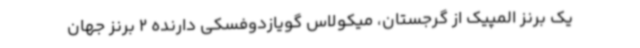
یک برنز المپیک از گرجستان، میکولاس گویازدوفسکی دارنده 2 برنز جهان